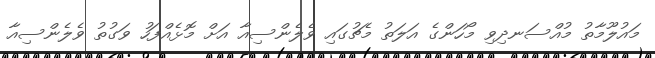
މައުލޫމާތު މުއްސަނދިވި މޯހަންގެ އަލަތު މެޗުގައި ވެލެންސިއާ އަށް މޮޅެއްފަހު ވަގުތު ވެލެންސިއާ